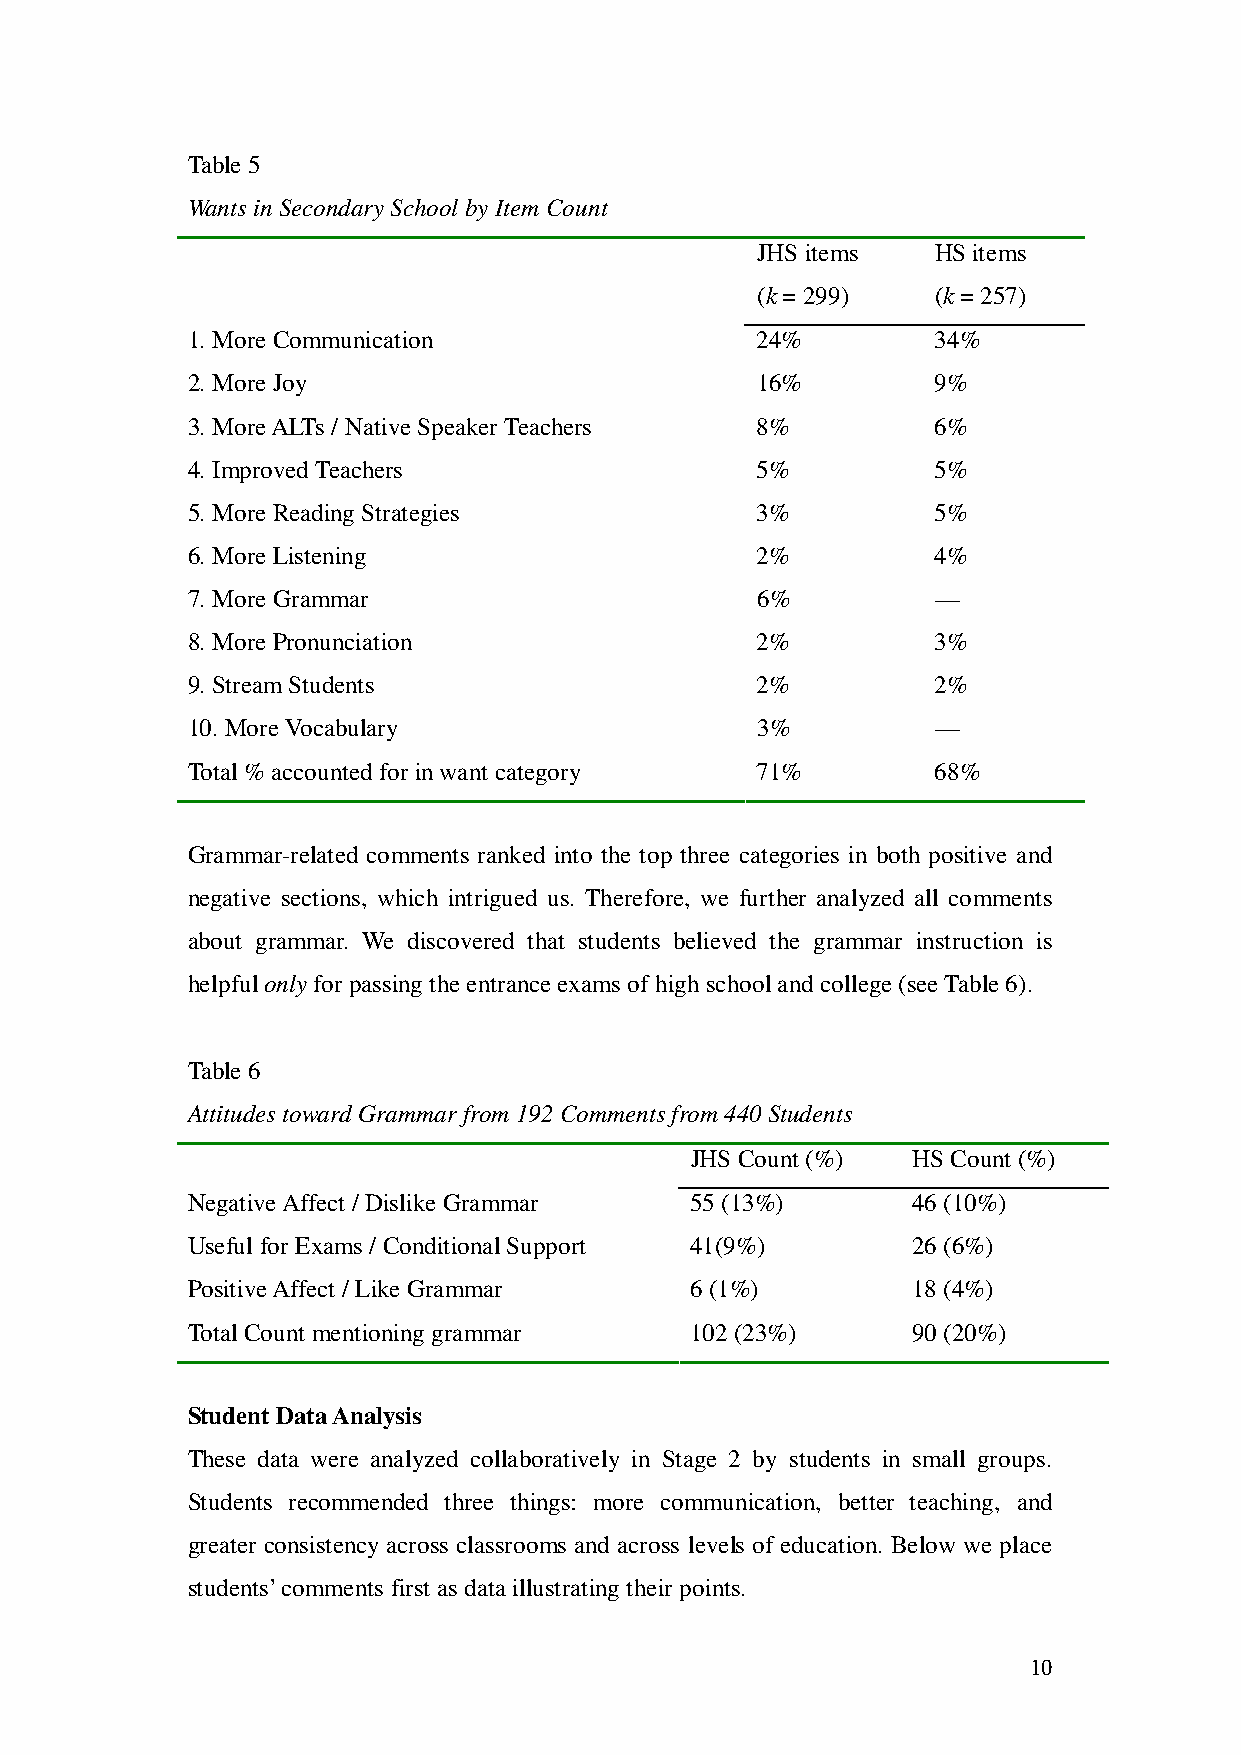
Table 5
 Wants in Secondary School by Item Count
 JHS items   HS items
 (k = 299)   (k = 257)
 1. More Communication                 24%         34%
 2. More Joy                           16%         9%
 3. More ALTs / Native Speaker Teachers 8%         6%
 4. Improved Teachers                  5%          5%
 5. More Reading Strategies            3%          5%
 6. More Listening                     2%          4%
 7. More Grammar                       6%          —
 8. More Pronunciation                 2%          3%
 9. Stream Students                    2%          2%
 10. More Vocabulary                   3%          —
 Total % accounted for in want category 71%        68%
 Grammar-related comments ranked into the top three categories in both positive and
 negative sections, which intrigued us. Therefore, we further analyzed all comments
 about grammar. We discovered that students believed the grammar instruction is
 helpful only for passing the entrance exams of high school and college (see Table 6).
 Table 6
 Attitudes toward Grammar from 192 Comments from 440 Students
 JHS Count (%) HS Count (%)
 Negative Affect / Dislike Grammar 55 (13%)      46 (10%)
 Useful for Exams / Conditional Support 41(9%)   26 (6%)
 Positive Affect / Like Grammar    6 (1%)        18 (4%)
 Total Count mentioning grammar    102 (23%)     90 (20%)
 Student Data Analysis
 These data were analyzed collaboratively in Stage 2 by students in small groups.
 Students recommended three things: more communication, better teaching, and
 greater consistency across classrooms and across levels of education. Below we place
 students’ comments first as data illustrating their points.
 10